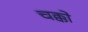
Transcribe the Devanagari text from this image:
चक्को